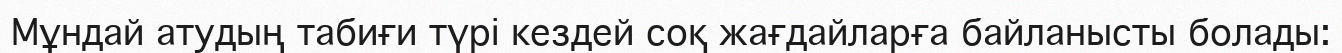
Мұндай атудың табиғи түрі кездей соқ жағдайларға байланысты болады: